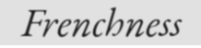
Frenchness